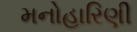
મનોહારિણી